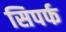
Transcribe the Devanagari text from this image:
सिपर्फ